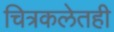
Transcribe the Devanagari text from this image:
चित्रकलेतही